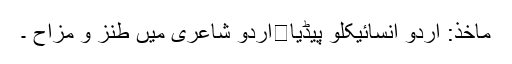
ماخذ: اردو انسائیکلو پیڈیا	اردو شاعری میں طنز و مزاح ۔